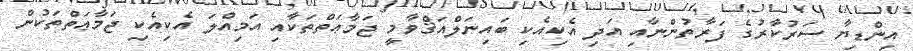
އިންޑިޔާ ސަރުކާރުގެ ފަރާތުންނާއި އަދި އެކިއެކި ބައިނަލްއަޤްވާމީ ޖަމާޢަތްތަކާއި އަމިއްލަ އެކިއެކި ޖަމާޢަތްތަކުން